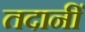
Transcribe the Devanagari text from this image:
तदानीं